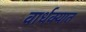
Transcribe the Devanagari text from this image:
वार्धक्यात